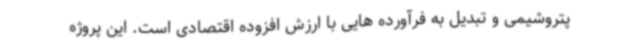
پتروشیمی و تبدیل به فرآورده هایی با ارزش افزوده اقتصادی است. این پروژه